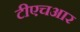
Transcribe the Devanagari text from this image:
टीएचआर